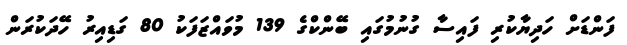
ފަންޑަށް ހަދިޔާކުރި ފައިސާ ގުނުމުގައި ބޭންކްގެ 139 މުވައްޒަފަކު 80 ގަޑިއިރު ހޭދަކުރަން